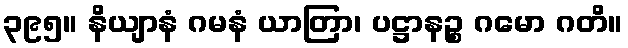
၃၉၅။ နိယျာနံ ဂမနံ ယာတြာ၊ ပဋ္ဌာနဉ္စ ဂမော ဂတိ။